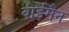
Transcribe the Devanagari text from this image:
वाईमैन